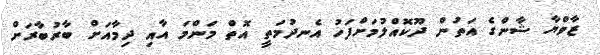
ޒާވްޔާ ޝާންގެ އަތުން ދޫކޮއްލުމަށްފަހު އެނދުމަތީ އޮތް މަންމަ އާއި ދިމާއަށް ބާރުބާރަށް